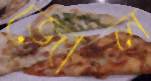
জোল